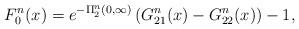
LaTeX: \begin{align*}F_0^n(x)=e^{-\Pi_2^n(0,\infty)}\left(G_{21}^n(x)-G_{22}^n(x)\right)-1,\end{align*}